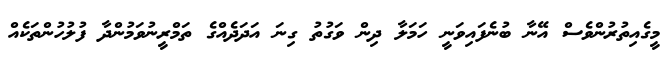
މީގެއިތުރުންވެސް އޭނާ ބުނެފައިވަނީ ހަމަލާ ދިން ވަގުތު ގިނަ އަދަދެއްގެ ތަމްރީނުވަމުންދާ ފުލުހުންތަކެއް